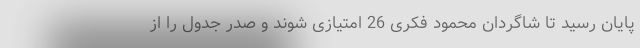
پایان رسید تا شاگردان محمود فکری 26 امتیازی شوند و صدر جدول را از